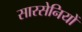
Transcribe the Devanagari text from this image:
सारसेनियों